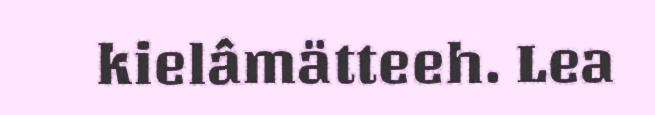
kielâmätteeh. Lea